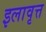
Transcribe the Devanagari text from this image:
इलावृत्त